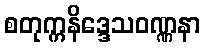
စတုက္ကနိဒ္ဒေသဝဏ္ဏနာ